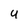
Character: U